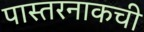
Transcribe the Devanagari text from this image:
पास्तरनाकची